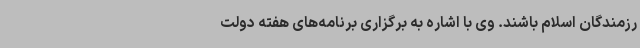
رزمندگان اسلام باشند. وی با اشاره به برگزاری برنامه‌های هفته دولت